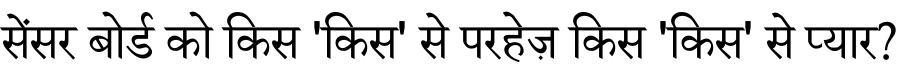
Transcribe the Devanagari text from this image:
सेंसर बोर्ड को किस 'किस' से परहेज़ किस 'किस' से प्यार?